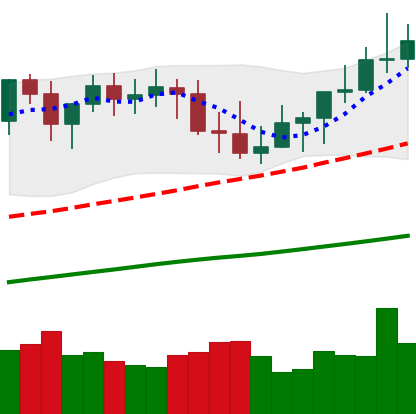
Ticker: XMR-USD
Chart end date: 2021-04-01
Forward return: 7.346%
Label: up_7plus